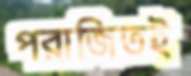
পরাজিতই